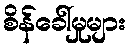
စိန်ခေါ်မှုများ